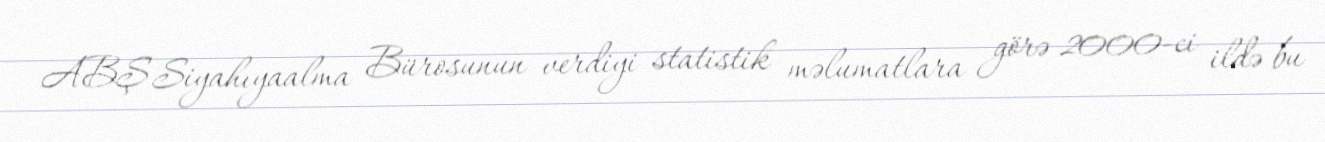
ABŞ Siyahıyaalma Bürosunun verdiyi statistik məlumatlara görə 2000-ci ildə bu